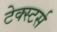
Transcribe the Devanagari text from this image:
टेक्स्टर्स